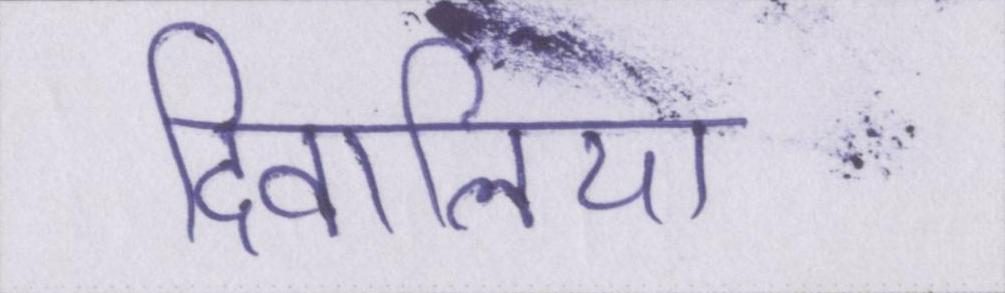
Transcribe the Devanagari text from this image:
दिवालिया